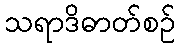
သရာဒိဓာတ်စဉ်